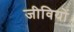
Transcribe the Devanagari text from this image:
जीवियों